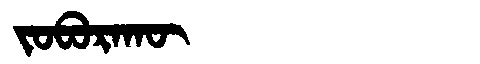
Manchu: ᠵᠣᠪᠣᡵᠠᡴᡡ
Romanization: JOBORAKŪ